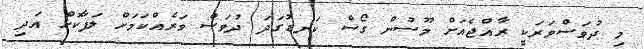
މި ދުވަސްވަރަކީ ރާއްޖެއަށް މޫސުން ގޯސް ކަނޑުގަދަ ދުވަސް ވަރެއްކަމަށް ލަފާކޮށް އަދި